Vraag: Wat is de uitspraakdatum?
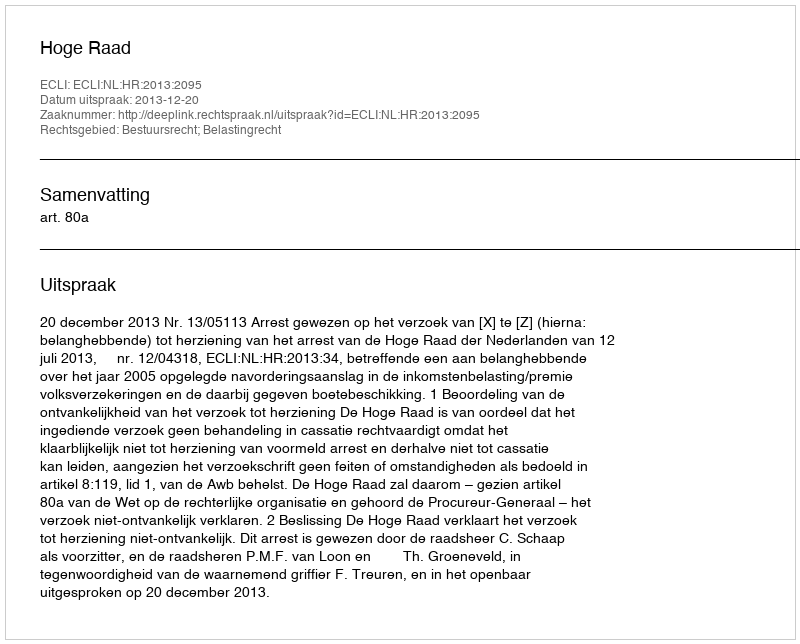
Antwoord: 2013-12-20